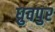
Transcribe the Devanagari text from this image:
ध्रुवपुर